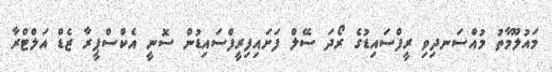
މައުލޫމާތު މުއްސަނދިވި ރީފްސައިޑުގެ ރޯދަ ސޭލް ފަށައިފިރީފްސައިޑުން ސޮނީ އެކްސްޕީރާ ޒެޑް އަލްޓްރާ